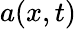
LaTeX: a(x,t)